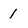
Character: 1